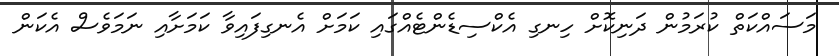
މަސައްކަތް ކުރަމުން ދަނިކޮށް ހިނގި އެކްސިޑެންޓެއްގައި ކަމަށް އެނގިފައިވާ ކަމަށާއި ނަމަވެސް އެކަން